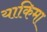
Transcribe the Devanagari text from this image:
याकिमा